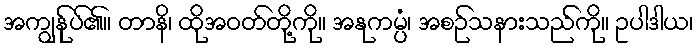
အကျွန်ုပ်၏။ တာနိ၊ ထိုအဝတ်တို့ကို။ အနုကမ္ပံ၊ အစဉ်သနားသည်ကို။ ဥပါဒါယ၊